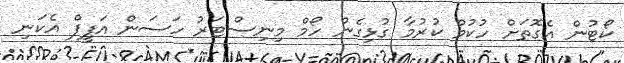
ކޯޓުން އެގޮތަށް ހުކުމް ކުރުމާ ގުޅިގެން ހޯމް މިނިސްޓަރު ހަސަން އަފީފް އެކަނި